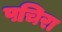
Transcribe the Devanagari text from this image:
पचिरा